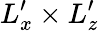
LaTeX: L_{x}^{\prime}\times L_{z}^{\prime}